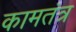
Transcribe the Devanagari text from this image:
कामतंत्र